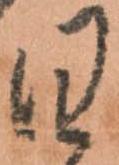
日